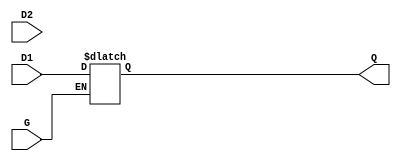
module dual_input_gated_latch (
    input wire D1,      // First data input
    input wire D2,      // Second data input
    input wire G,       // Gate control signal
    output reg Q        // Output that represents the stored value
);

// Always block to model the behavior of the gated latch
always @(*) begin
    if (G) begin
        // When G is high, select between D1 and D2
        // Here we prioritize D1 over D2
        Q = D1; // You can change this to Q = D2; if you want to prioritize D2
    end
    // When G is low, retain the last value of Q
end

endmodule